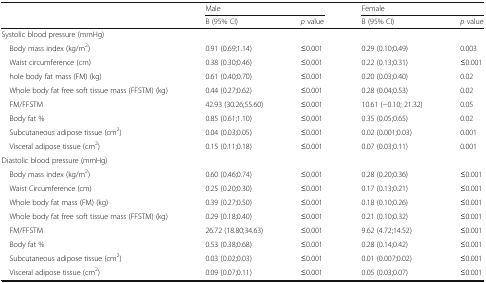
<table><thead><tr><td rowspan="2">[EMPTY_CELL]</td><td colspan="2"><b>Male</b></td><td colspan="2"><b>Female</b></td></tr><tr><td><b>B (95% CI)</b></td><td><b><i>p</i> value</b></td><td><b>B (95% CI)</b></td><td><b><i>p</i> value</b></td></tr></thead><tbody><tr><td colspan="5">Systolic blood pressure (mmHg)</td></tr><tr><td> Body mass index (kg/m<sup>2</sup>)</td><td>0.91 (0.69;1.14)</td><td>≤0.001</td><td>0.29 (0.10;0.49)</td><td>0.003</td></tr><tr><td> Waist circumference (cm)</td><td>0.38 (0.30;0.46)</td><td>≤0.001</td><td>0.22 (0.13;0.31)</td><td>≤0.001</td></tr><tr><td> hole body fat mass (FM) (kg)</td><td>0.61 (0.40;0.70)</td><td>≤0.001</td><td>0.20 (0.03;0.40)</td><td>0.02</td></tr><tr><td> Whole body fat free soft tissue mass (FFSTM) (kg)</td><td>0.44 (0.27;0.62)</td><td>≤0.001</td><td>0.28 (0.04;0.53)</td><td>0.02</td></tr><tr><td> FM/FFSTM</td><td>42.93 (30.26;55.60)</td><td>≤0.001</td><td>10.61 (−0.10; 21.32)</td><td>0.05</td></tr><tr><td> Body fat %</td><td>0.85 (0.61;1.10)</td><td>≤0.001</td><td>0.35 (0.05;0.65)</td><td>0.02</td></tr><tr><td> Subcutaneous adipose tissue (cm<sup>2</sup>)</td><td>0.04 (0.03;0.05)</td><td>≤0.001</td><td>0.02 (0.001;0.03)</td><td>0.001</td></tr><tr><td> Visceral adipose tissue (cm<sup>2</sup>)</td><td>0.15 (0.11;0.18)</td><td>≤0.001</td><td>0.07 (0.03;0.11)</td><td>0.001</td></tr><tr><td colspan="5">Diastolic blood pressure (mmHg)</td></tr><tr><td> Body mass index (kg/m<sup>2</sup>)</td><td>0.60 (0.46;0.74)</td><td>≤0.001</td><td>0.28 (0.20;0.36)</td><td>≤0.001</td></tr><tr><td> Waist Circumference (cm)</td><td>0.25 (0.20;0.30)</td><td>≤0.001</td><td>0.17 (0.13;0.21)</td><td>≤0.001</td></tr><tr><td> Whole body fat mass (FM) (kg)</td><td>0.39 (0.27;0.50)</td><td>≤0.001</td><td>0.18 (0.10;0.26)</td><td>≤0.001</td></tr><tr><td> Whole body fat free soft tissue mass (FFSTM) (kg)</td><td>0.29 (0.18;0.40)</td><td>≤0.001</td><td>0.21 (0.10;0.32)</td><td>≤0.001</td></tr><tr><td> FM/FFSTM</td><td>26.72 (18.80;34.63)</td><td>≤0.001</td><td>9.62 (4.72;14.52)</td><td>≤0.001</td></tr><tr><td> Body fat %</td><td>0.53 (0.38;0.68)</td><td>≤0.001</td><td>0.28 (0.14;0.42)</td><td>≤0.001</td></tr><tr><td> Subcutaneous adipose tissue (cm<sup>2</sup>)</td><td>0.03 (0.02;0.03)</td><td>≤0.001</td><td>0.01 (0.007;0.02)</td><td>≤0.001</td></tr><tr><td> Visceral adipose tissue (cm<sup>2</sup>)</td><td>0.09 (0.07;0.11)</td><td>≤0.001</td><td>0.05 (0.03;0.07)</td><td>≤0.001</td></tr></tbody></table>